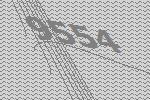
9554